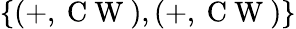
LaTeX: \{ (+,\mathrm{~C~W~}),(+,\mathrm{~C~W~})\}